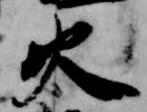
火